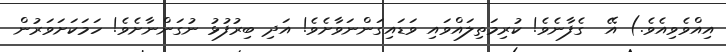
އިއްވެވިއެވެ.) އޭ  ގެފާނެވެ! ކުރިމަތިލައްވައި ވަޑައިގަންނަވާށެވެ! އަދި ބިރުފުޅު ނުގަންނާށެވެ! ހަމަކަށަވަރުން